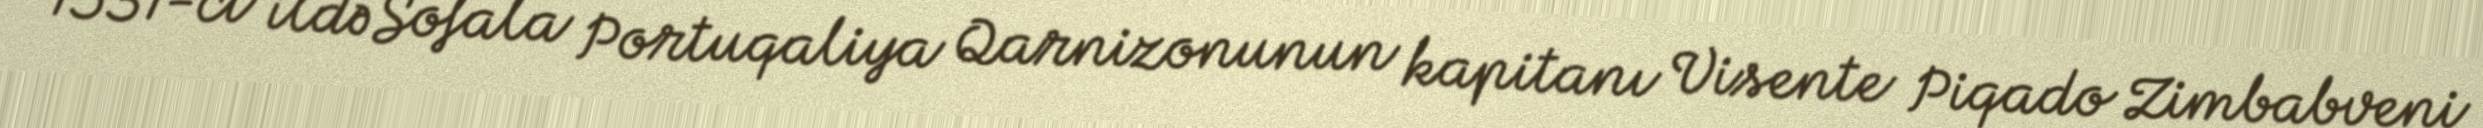
1531-ci ildə Sofala Portuqaliya Qarnizonunun kapitanı Visente Piqado Zimbabveni